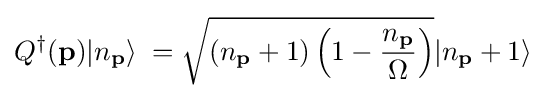
Q^{\dagger }(\mathbf {p} )|n_{\mathbf {p} }\rangle \;={\sqrt {(n_{\mathbf {p} }+1)\left(1-{n_{\mathbf {p} } \over \Omega }\right)}}|n_{\mathbf {p} }+1\rangle